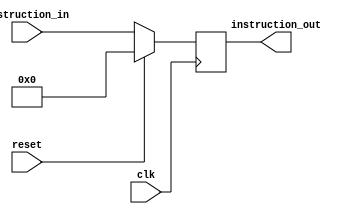
module pipe1(instruction_in, instruction_out, clk, reset);
	
	// INPUTS
	input [0:31] instruction_in;
	input clk, reset;
	
	// OUTPUTS
	output [0:31] instruction_out;
	
	//REGISTERS
	reg [0:31] instruction_out;
	
	always @ (posedge clk)
		begin
		if (reset == 1'b1)
			begin
			instruction_out [0:31] <= 32'b0;
			end
		else
			begin
			instruction_out [0:31] <= instruction_in [0:31];
			end
		end
endmodule